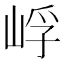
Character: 㟊